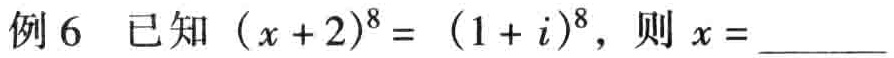
例6 已知\((x + 2)^{8} = (1 + i)^{8}\)，则\(x =\)______